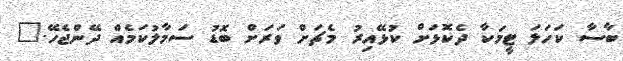
ބާސާ ކަހަލަ ޓީމަކާ ދެކޮޅަށް ކުޅޭއިރު މެޗަށް ވަރަށް ބޮޑު ސަމާލުކަމެއް ދޭންޖެހޭ."